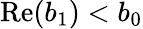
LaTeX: \mathrm{Re}(b_{1})<b_{0}